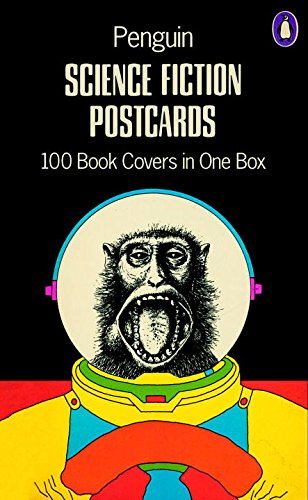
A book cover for Penguin Science Fiction Postcards: 100 Book Covers in One Box; Various; Crafts, Hobbies & Home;